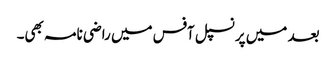
بعد میں پرنسپل آفس میں راضی نامہ بھی۔